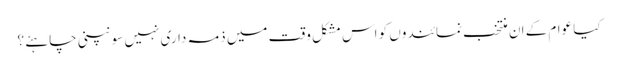
کیا عوام کے ان منتخب نمائندوں کو اس مشکل وقت میں ذمہ داری نہیں سونپنی چاہئے ؟